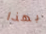
بهذا